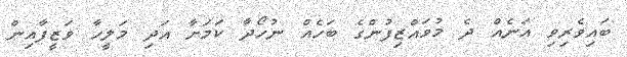
ބައިވެރިވި އަނެއް ދެ މުވައްޒިފުންގެ ބަހެއް ނުހޯދާ ކަމަށާ އަދި މަލީހާ ވަޒީފާއިން